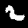
Digit: 2